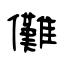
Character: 儺